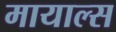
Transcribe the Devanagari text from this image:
मायाल्स